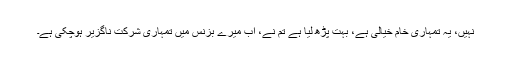
نہیں، یہ تمہاری خام خیالی ہے، بہت پڑھ لیا ہے تم نے، اب میرے بزنس میں تمہاری شرکت ناگزیر ہوچکی ہے۔